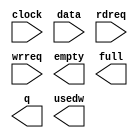
module mf_fifo1024 (
	clock,
	data,
	rdreq,
	wrreq,
	empty,
	full,
	q,
	usedw);

	input	  clock;
	input	[15:0]  data;
	input	  rdreq;
	input	  wrreq;
	output	  empty;
	output	  full;
	output	[15:0]  q;
	output	[9:0]  usedw;

endmodule